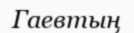
Гаевтың